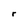
Character: r